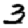
Digit: 3